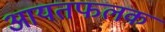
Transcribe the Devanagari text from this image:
आयतफलक